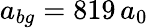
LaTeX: a_{bg}=819\, a_{0}